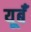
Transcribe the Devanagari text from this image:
यूर्बँ